65_HS1-834228961_62-HQ-83894_Section_8
Agency: FBI
Page 82
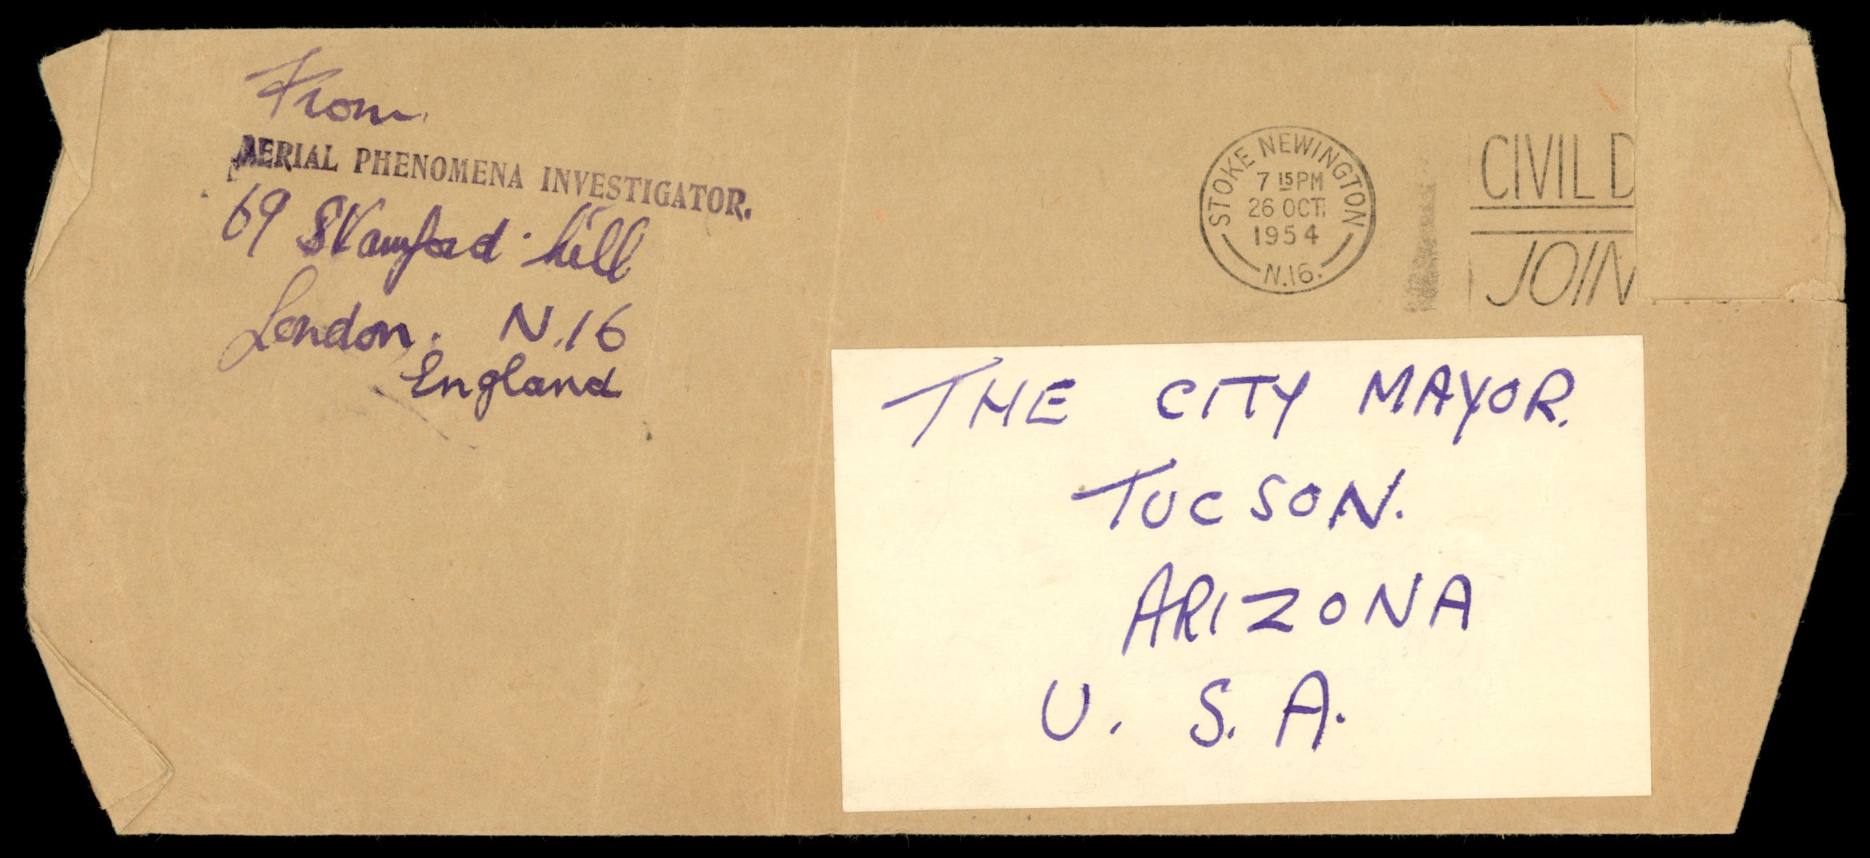